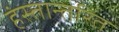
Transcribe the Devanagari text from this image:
हंस्तान्तरित